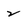
Character: 2